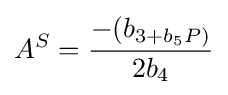
A^{S}={-(b_{3+b_{5}P)} \over 2b_{4}}